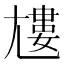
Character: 𡰌